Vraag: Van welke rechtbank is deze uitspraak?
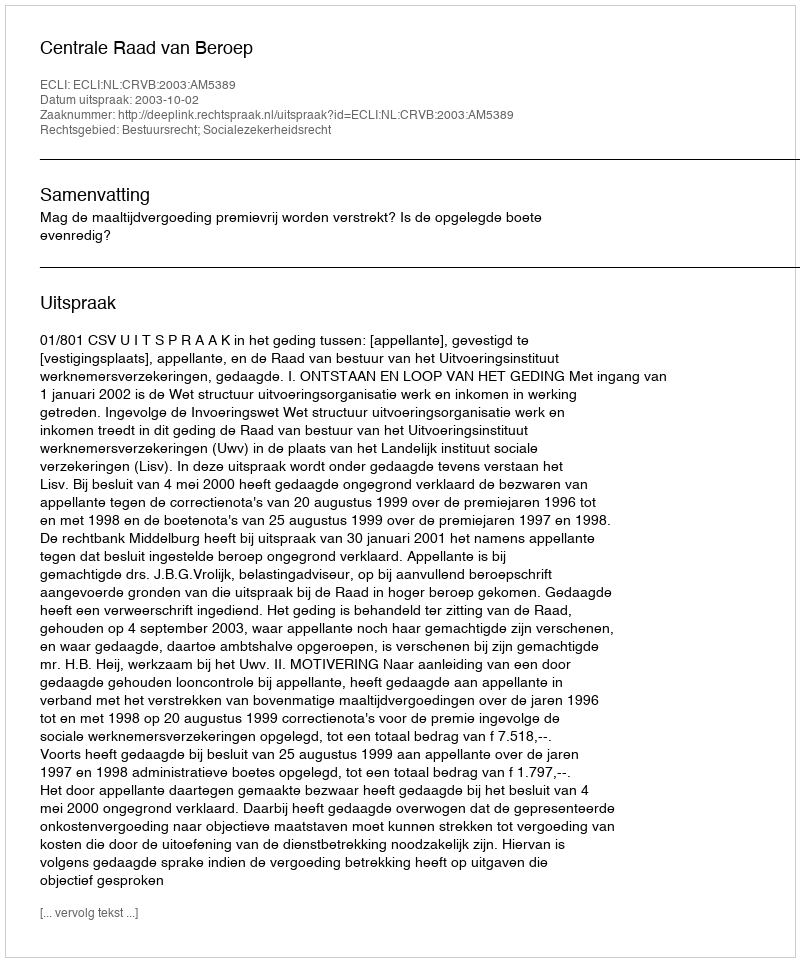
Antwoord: Centrale Raad van Beroep